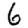
Digit: 6